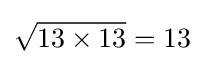
{\sqrt {13\times 13}}=13